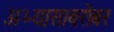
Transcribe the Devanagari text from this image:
अभ्यासाबरोबर